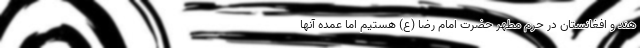
هند و افغانستان در حرم مطهر حضرت امام رضا (ع) هستیم اما عمده آنها